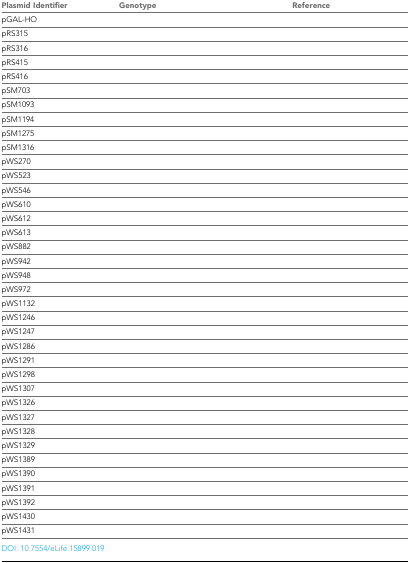
<table><thead><tr><td><b>Plasmid Identifier</b></td><td><b>Genotype</b></td><td><b>Reference</b></td></tr></thead><tbody><tr><td>pGAL-HO</td><td>[EMPTY_CELL]</td><td>[EMPTY_CELL]</td></tr><tr><td>pRS315</td><td>[EMPTY_CELL]</td><td>[EMPTY_CELL]</td></tr><tr><td>pRS316</td><td>[EMPTY_CELL]</td><td>[EMPTY_CELL]</td></tr><tr><td>pRS415</td><td>[EMPTY_CELL]</td><td>[EMPTY_CELL]</td></tr><tr><td>pRS416</td><td>[EMPTY_CELL]</td><td>[EMPTY_CELL]</td></tr><tr><td>pSM703</td><td>[EMPTY_CELL]</td><td>[EMPTY_CELL]</td></tr><tr><td>pSM1093</td><td>[EMPTY_CELL]</td><td>[EMPTY_CELL]</td></tr><tr><td>pSM1194</td><td>[EMPTY_CELL]</td><td>[EMPTY_CELL]</td></tr><tr><td>pSM1275</td><td>[EMPTY_CELL]</td><td>[EMPTY_CELL]</td></tr><tr><td>pSM1316</td><td>[EMPTY_CELL]</td><td>[EMPTY_CELL]</td></tr><tr><td>pWS270</td><td>[EMPTY_CELL]</td><td>[EMPTY_CELL]</td></tr><tr><td>pWS523</td><td>[EMPTY_CELL]</td><td>[EMPTY_CELL]</td></tr><tr><td>pWS546</td><td>[EMPTY_CELL]</td><td>[EMPTY_CELL]</td></tr><tr><td>pWS610</td><td>[EMPTY_CELL]</td><td>[EMPTY_CELL]</td></tr><tr><td>pWS612</td><td>[EMPTY_CELL]</td><td>[EMPTY_CELL]</td></tr><tr><td>pWS613</td><td>[EMPTY_CELL]</td><td>[EMPTY_CELL]</td></tr><tr><td>pWS882</td><td>[EMPTY_CELL]</td><td>[EMPTY_CELL]</td></tr><tr><td>pWS942</td><td>[EMPTY_CELL]</td><td>[EMPTY_CELL]</td></tr><tr><td>pWS948</td><td>[EMPTY_CELL]</td><td>[EMPTY_CELL]</td></tr><tr><td>pWS972</td><td>[EMPTY_CELL]</td><td>[EMPTY_CELL]</td></tr><tr><td>pWS1132</td><td>[EMPTY_CELL]</td><td>[EMPTY_CELL]</td></tr><tr><td>pWS1246</td><td>[EMPTY_CELL]</td><td>[EMPTY_CELL]</td></tr><tr><td>pWS1247</td><td>[EMPTY_CELL]</td><td>[EMPTY_CELL]</td></tr><tr><td>pWS1286</td><td>[EMPTY_CELL]</td><td>[EMPTY_CELL]</td></tr><tr><td>pWS1291</td><td>[EMPTY_CELL]</td><td>[EMPTY_CELL]</td></tr><tr><td>pWS1298</td><td>[EMPTY_CELL]</td><td>[EMPTY_CELL]</td></tr><tr><td>pWS1307</td><td>[EMPTY_CELL]</td><td>[EMPTY_CELL]</td></tr><tr><td>pWS1326</td><td>[EMPTY_CELL]</td><td>[EMPTY_CELL]</td></tr><tr><td>pWS1327</td><td>[EMPTY_CELL]</td><td>[EMPTY_CELL]</td></tr><tr><td>pWS1328</td><td>[EMPTY_CELL]</td><td>[EMPTY_CELL]</td></tr><tr><td>pWS1329</td><td>[EMPTY_CELL]</td><td>[EMPTY_CELL]</td></tr><tr><td>pWS1389</td><td>[EMPTY_CELL]</td><td>[EMPTY_CELL]</td></tr><tr><td>pWS1390</td><td>[EMPTY_CELL]</td><td>[EMPTY_CELL]</td></tr><tr><td>pWS1391</td><td>[EMPTY_CELL]</td><td>[EMPTY_CELL]</td></tr><tr><td>pWS1392</td><td>[EMPTY_CELL]</td><td>[EMPTY_CELL]</td></tr><tr><td>pWS1430</td><td>[EMPTY_CELL]</td><td>[EMPTY_CELL]</td></tr><tr><td>pWS1431</td><td>[EMPTY_CELL]</td><td>[EMPTY_CELL]</td></tr></tbody></table>